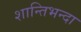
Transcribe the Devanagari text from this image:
शान्तिभन्दा